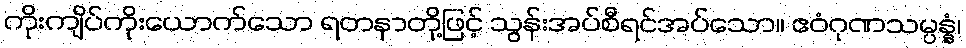
ကိုးကျိပ်ကိုးယောက်သော ရတနာတို့ဖြင့် သွန်းအပ်စီရင်အပ်သော။ ဧဝံဂုဏသမ္ပန္နံ၊